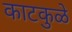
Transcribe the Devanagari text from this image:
काटकुळे